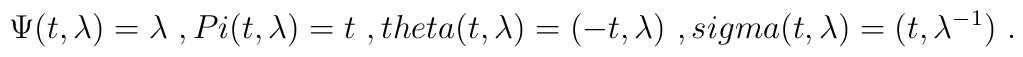
\Psi ( t , \lambda ) = \lambda \ , \ \\Pi ( t , \lambda ) = t \ , \ \\theta ( t , \lambda ) = ( - t , \lambda ) \ , \ \\sigma ( t , \lambda ) =(t , \lambda^{-1} ) \ .